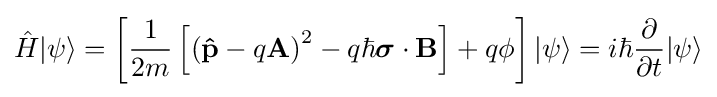
{\hat {H}}|\psi \rangle =\left[{\frac {1}{2m}}\left[\left(\mathbf {\hat {p}} -q\mathbf {A} \right)^{2}-q\hbar {\boldsymbol {\sigma }}\cdot \mathbf {B} \right]+q\phi \right]|\psi \rangle =i\hbar {\frac {\partial }{\partial t}}|\psi \rangle